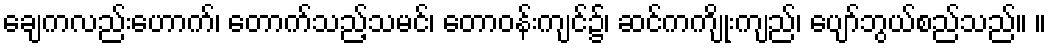
ချေကလည်းဟောက်၊ တောက်သည့်သမင်၊ တောဝန်းကျင်၌၊ ဆင်ကကျိုးကျည်၊ ပျော်ဘွယ်စည်သည်။ ။